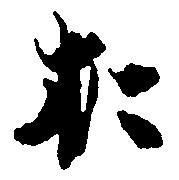
お